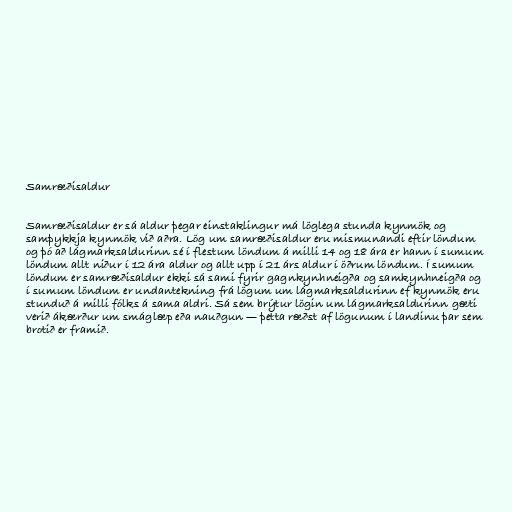
Samræðisaldur

Samræðisaldur er sá aldur þegar einstaklingur má löglega stunda kynmök og
samþykkja kynmök við aðra. Lög um samræðisaldur eru mismunandi eftir löndum
og þó að lágmarksaldurinn sé í flestum löndum á milli 14 og 18 ára er hann í sumum
löndum allt niður í 12 ára aldur og allt upp í 21 árs aldur í öðrum löndum. Í sumum
löndum er samræðisaldur ekki sá sami fyrir gagnkynhneigða og samkynhneigða og
í sumum löndum er undantekning frá lögum um lágmarksaldurinn ef kynmök eru
stunduð á milli fólks á sama aldri. Sá sem brýtur lögin um lágmarksaldurinn gæti
verið ákærður um smáglæp eða nauðgun — þetta ræðst af lögunum í landinu þar sem
brotið er framið.